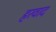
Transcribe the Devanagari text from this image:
हरवाद